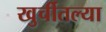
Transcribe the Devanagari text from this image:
खुर्चीतल्या